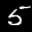
Label: 5